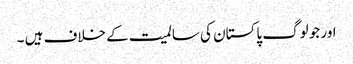
اور جو لوگ پاکستان کی سالمیت کے خلاف ہیں ۔